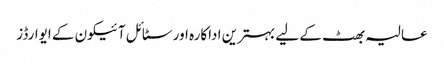
عالیہ بھٹ کے لیے بہترین اداکارہ اور سٹائل آئیکون کے ایوارڈز